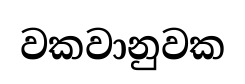
වකවානුවක